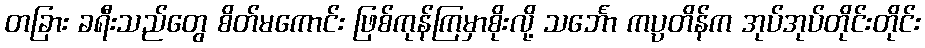
တခြား ခရီးသည်တွေ စိတ်မကောင်း ဖြစ်ကုန်ကြမှာစိုးလို့ သင်္ဘော ကပ္ပတိန်က အုပ်အုပ်တိုင်းတိုင်း